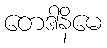
တေဒါနိမေ